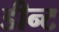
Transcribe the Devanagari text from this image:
डीन्ट